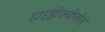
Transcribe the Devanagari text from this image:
हाइड्रोक्वीनोन